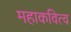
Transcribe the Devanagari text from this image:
महाकवित्व